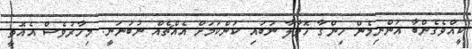
ކީއްވެގެންބާ އަންނިމެން ހިންގާ ހޮވާލާ ނުބައި ކަންކަމަށް އެއްޗެއް ނުބުނަނީ. މިހާރުވެސް އެއޮތީ